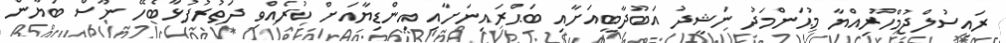
ރައީސުލްޖުމްހޫރިއްޔާ މުޙަންމަދު ނަޝީދު އަބޫދާބީއަށާއި ބަޙްރައިނަށާއި އިންޑިޔާއަށް ކުރެއްވި ދަތުރުފުޅާބެހޭ ނޫސް ބަޔާން